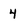
Character: 4